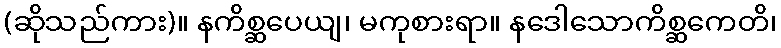
(ဆိုသည်ကား)။ နကိစ္ဆပေယျ၊ မကုစားရာ။ နဒေါသောကိစ္ဆကေတိ၊